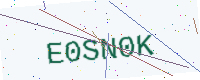
Text: E0SN0K